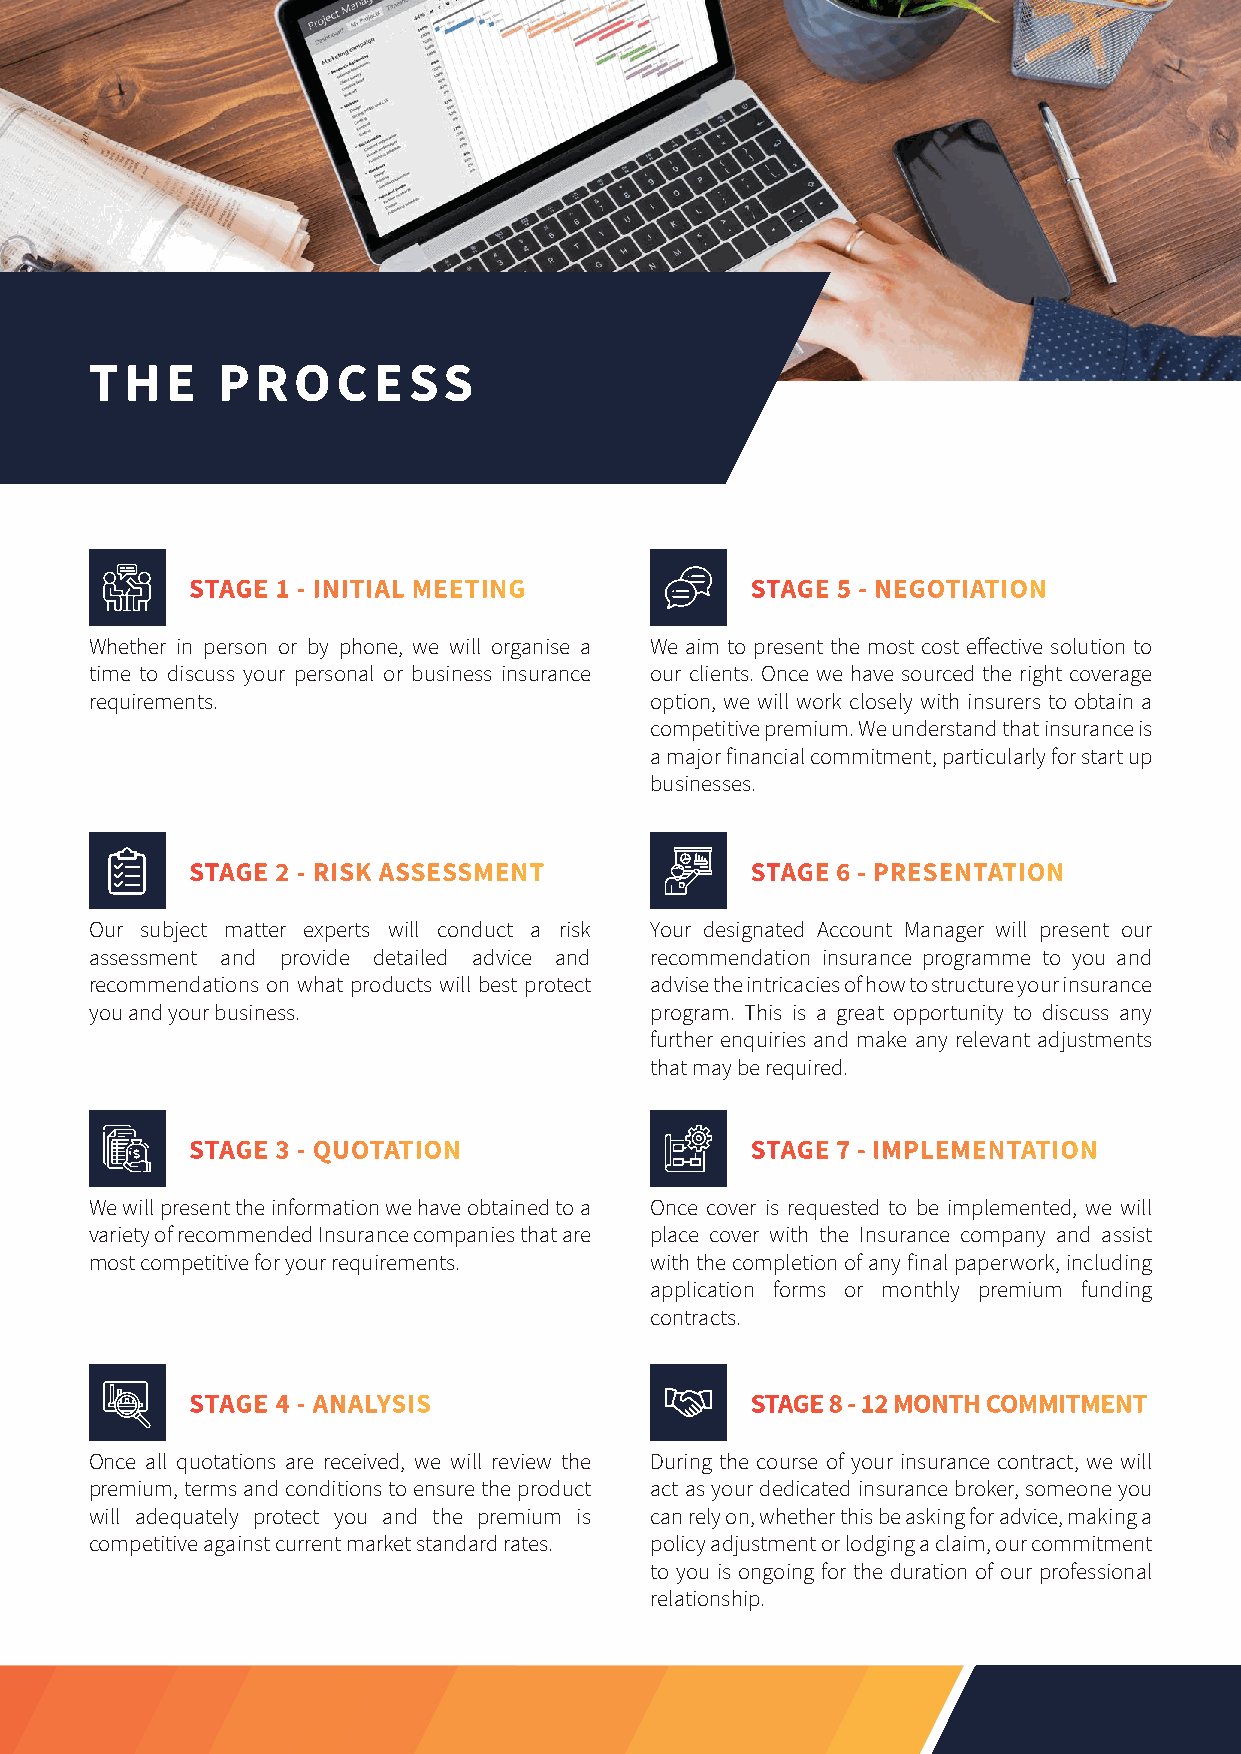
THE     PROCESS
 STAGE 1 - INITIAL MEETING            STAGE 5 - NEGOTIATION
 Whether in person or by phone, we will organise a We aim to present the most cost effective solution to
 time to discuss your personal or business insurance our clients. Once we have sourced the right coverage
 requirements.                        option, we will work closely with insurers to obtain a
 competitive premium. We understand that insurance is
 a major financial commitment, particularly for start up
 businesses.
 STAGE 2 - RISK ASSESSMENT            STAGE 6 - PRESENTATION
 Our subject matter experts will conduct a risk Your designated Account Manager will present our
 assessment and provide detailed advice and recommendation insurance programme to you and
 recommendations on what products will best protect advise the intricacies of how to structure your insurance
 you and your business.               program. This is a great opportunity to discuss any
 further enquiries and make any relevant adjustments
 that may be required.
 STAGE 3 - QUOTATION                  STAGE 7 - IMPLEMENTATION
 We will present the information we have obtained to a Once cover is requested to be implemented, we will
 variety of recommended Insurance companies that are place cover with the Insurance company and assist
 most competitive for your requirements. with the completion of any final paperwork, including
 application forms or monthly premium funding
 contracts.
 STAGE 4 - ANALYSIS                   STAGE 8 - 12 MONTH COMMITMENT
 Once all quotations are received, we will review the During the course of your insurance contract, we will
 premium, terms and conditions to ensure the product act as your dedicated insurance broker, someone you
 will adequately protect you and the premium is can rely on, whether this be asking for advice, making a
 competitive against current market standard rates. policy adjustment or lodging a claim, our commitment
 to you is ongoing for the duration of our professional
 relationship.